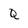
Character: Q